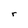
Character: r